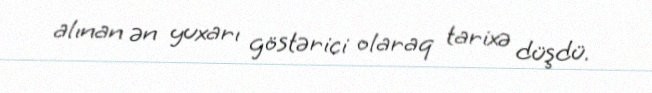
alınan ən yuxarı göstərici olaraq tarixə düşdü.